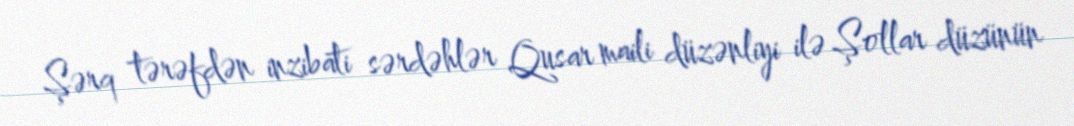
Şərq tərəfdən inzibati sərdəhlər Qusar maili düzənliyi ilə Şollar düzünün